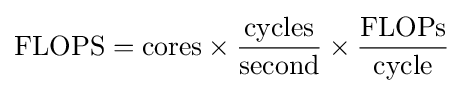
{\text{FLOPS}}={\text{cores}}\times {\frac {\text{cycles}}{\text{second}}}\times {\frac {\text{FLOPs}}{\text{cycle}}}